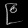
Digit: ၉